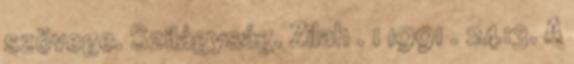
szövege. Szilágyság. Zilah . 1 1991 . 24:3. A